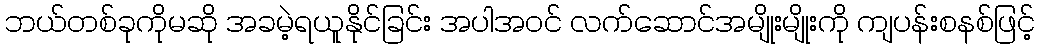
ဘယ်တစ်ခုကိုမဆို အခမဲ့ရယူနိုင်ခြင်း အပါအဝင် လက်ဆောင်အမျိုးမျိုးကို ကျပန်းစနစ်ဖြင့်